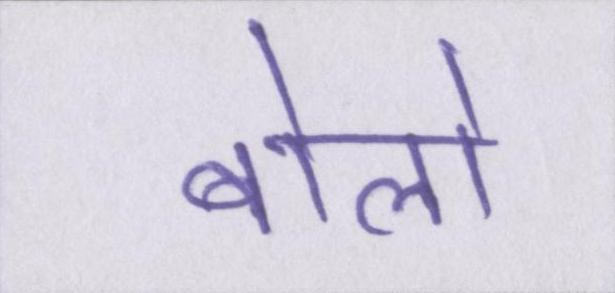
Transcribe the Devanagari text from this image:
बोलो